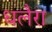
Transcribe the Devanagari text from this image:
धलैरा